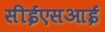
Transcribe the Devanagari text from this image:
सीईएसआई